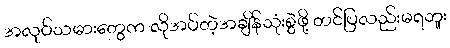
အလုပ်သမားတွေက လိုအပ်တဲ့အချိန်သုံးစွဲဖို့ တင်ပြလည်းမရဘူး